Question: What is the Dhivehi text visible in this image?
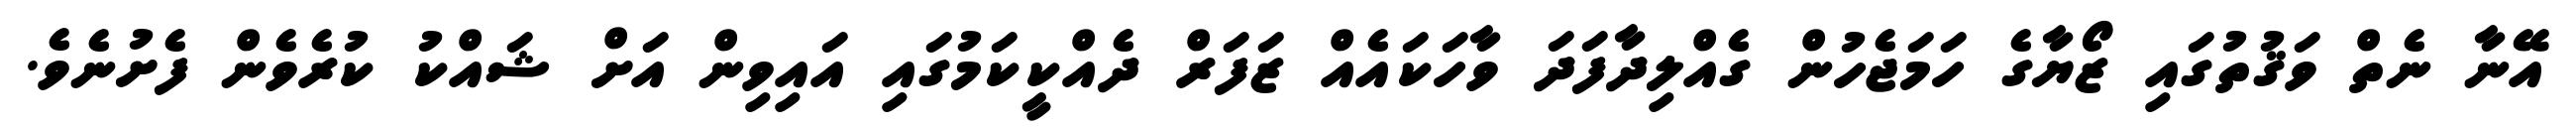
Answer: އޭނާ ނެތް ވަޤުތުގައި ޒޯޔާގެ ހަމަޖެހުން ގެއްލިދާފަދަ ވާހަކައެއް ޒަފަރް ދެއްކީކަމުގައި އައިވިން އަށް ޝައްކު ކުރެވެން ފެށުނެވެ.